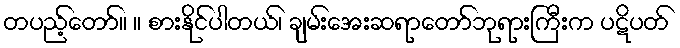
တပည့်တော်။ ။ စားနိုင်ပါတယ်၊ ချမ်းအေးဆရာတော်ဘုရားကြီးက ပဋိပတ်